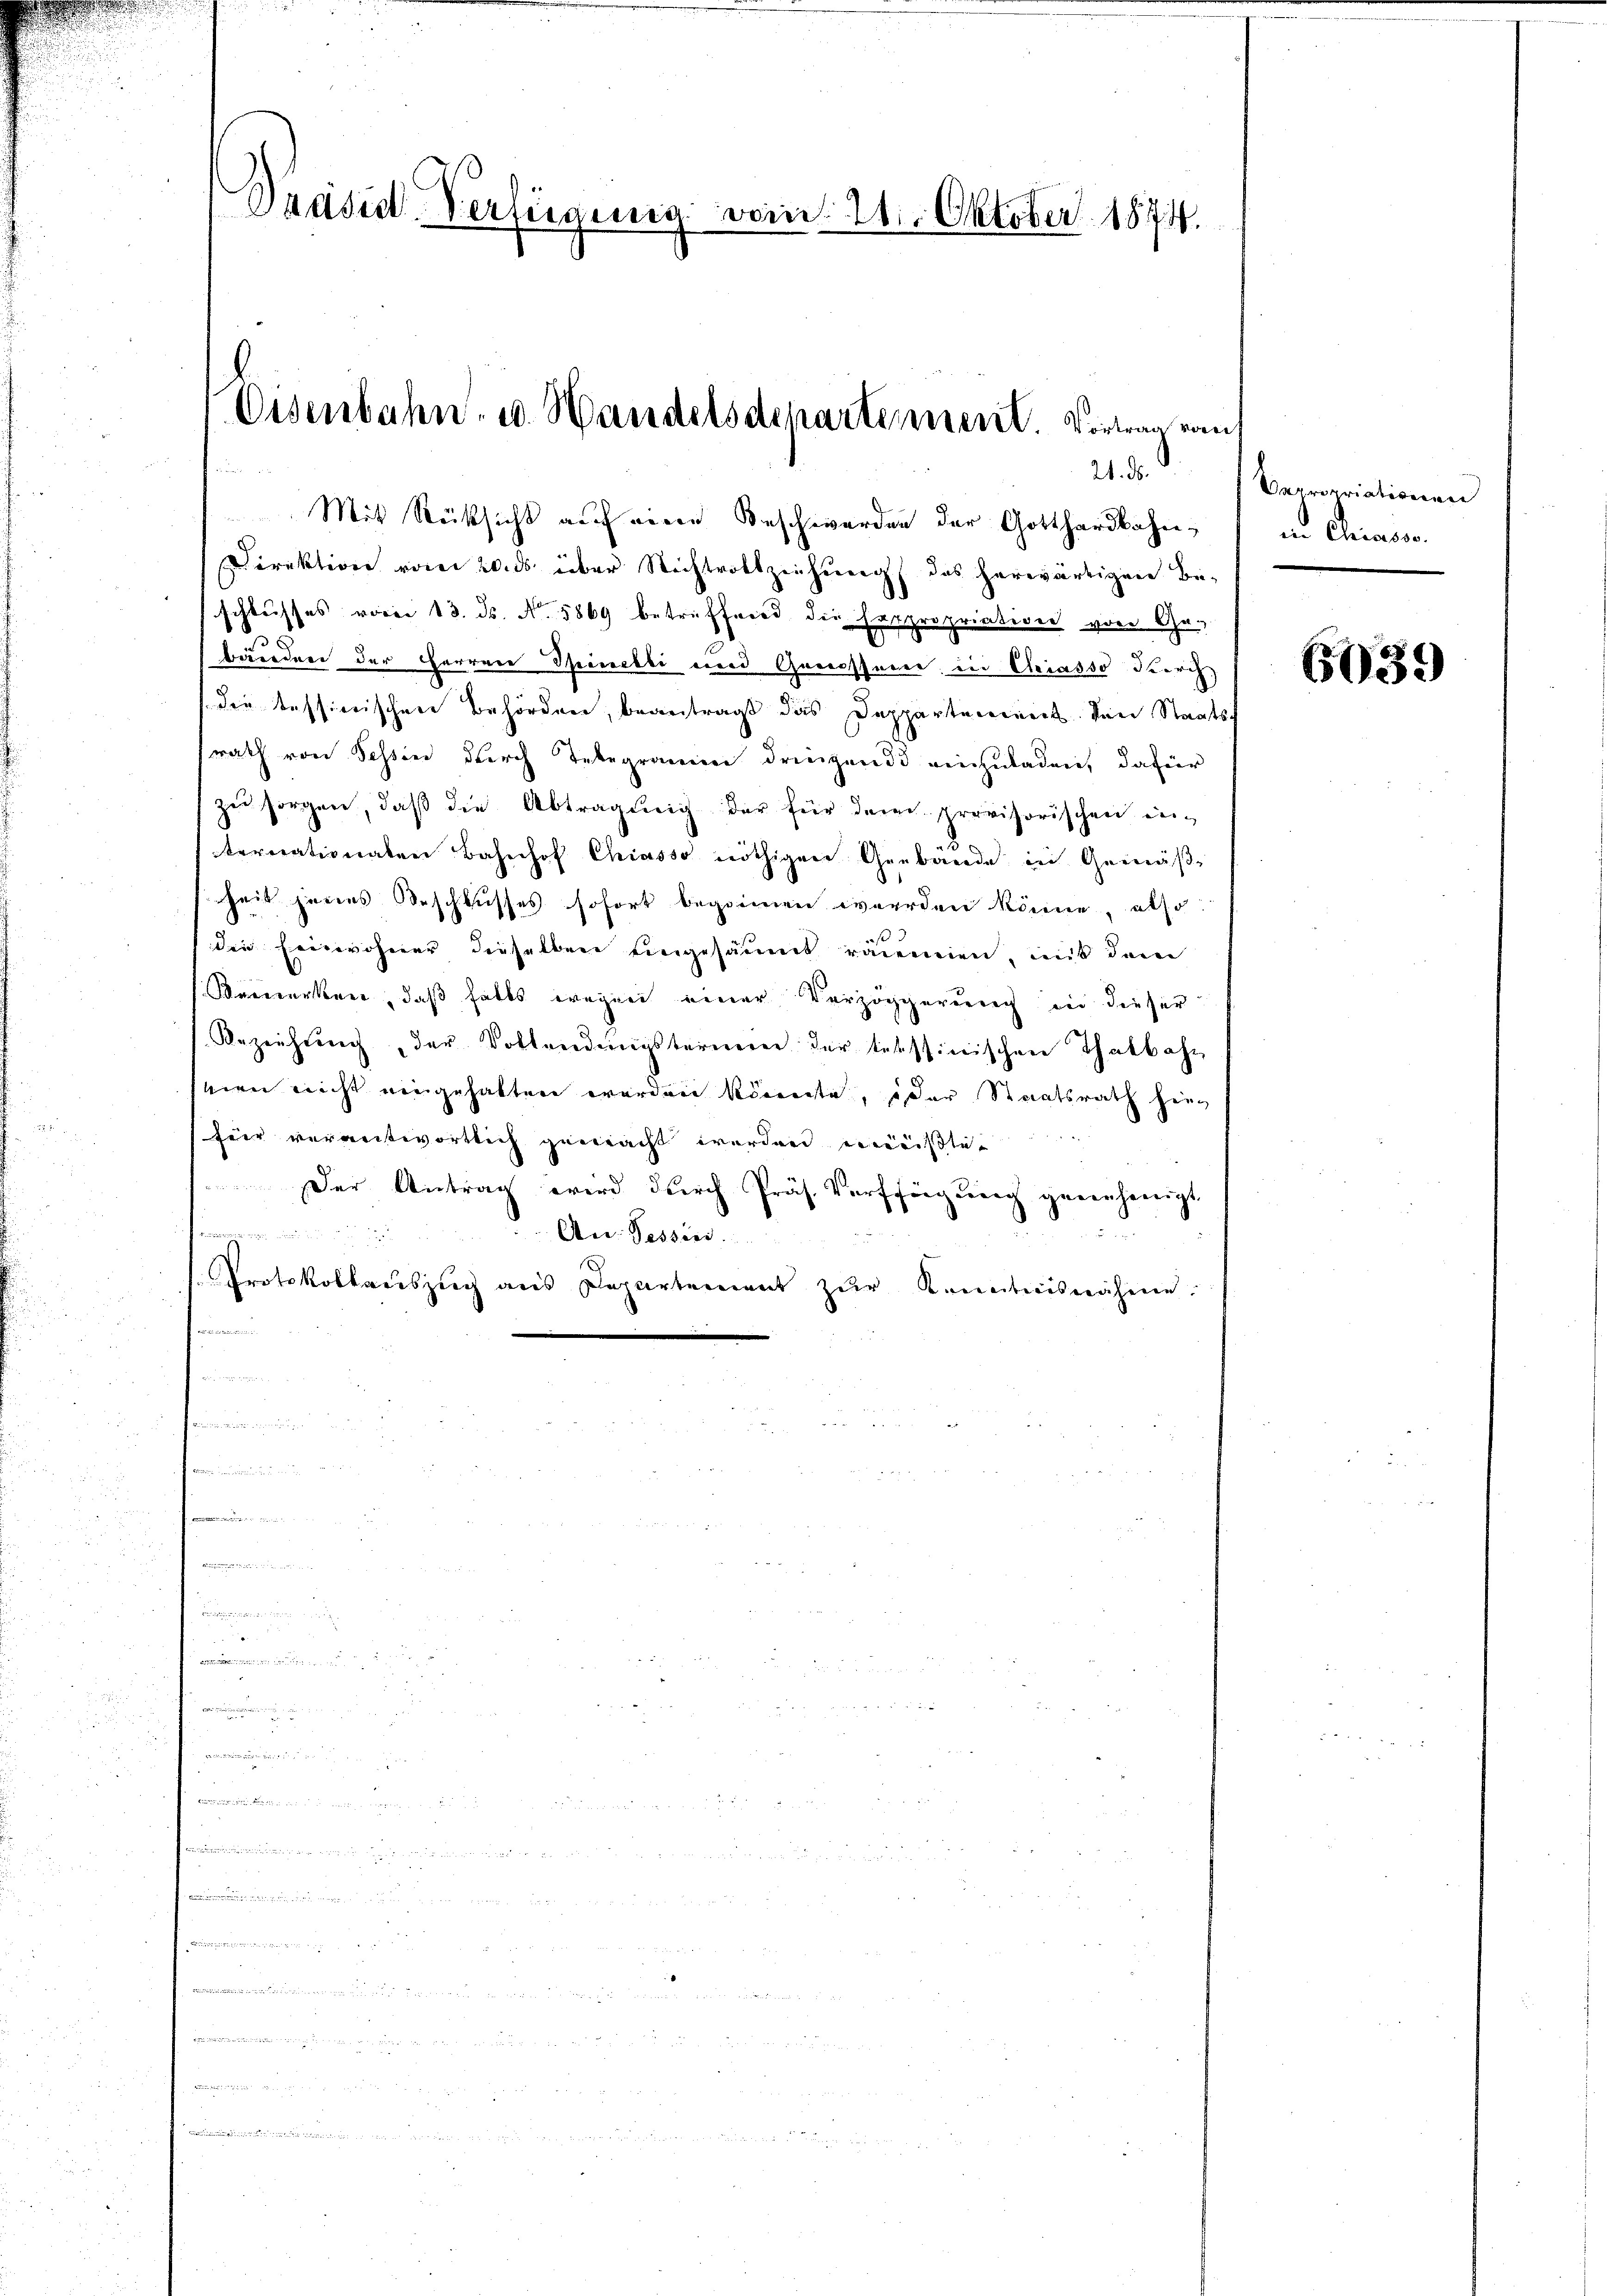
Präsid-Verfügung vom 21. Oktober 1874.

Eisenbahn- u. Handelsdepartement. Vortrag raus

Mit Rücksicht auf eine Beschwerden der Gotthardbahn¬
Direktion vom 20. ds über Nichtrotziehung des herwärtigen Be-
schlusses vom 13. ds. N. 5869 betreffend die Expropriation von Gabänden der Herren Spinelli und Grossenen in Chriasso durch,
die tessierischere Behörden, beantragt das Dappartement von Staats
rath von Tessin durch Telegramm dringende einzuladen, dafür
zu sorgen, daß die Abtragung der für dem provisorischen in-
ternationaten Bahnhof Chiasso nöthigen Gebäude in Gemäßheit jenes Beschlusses sofort begonnen werden könne, also:
die Einwohner dieselben eingesäumt rademien mit dem
Verwerken, daß falls wegen einer Verzögerung in dieser
Bezeichung, der Vollendungsternen der tessinischen Thatbahn
mien nicht eingehalten werden könnte, oder Staatsrath hinz
für verantwortlich gemacht werden müßlic
Der Antrag wird durch Präs. Vorffügung genehmigt

An. Tessind.
Protokollauszug aus Departement zŭr Kenntnisnahmen.

i
er le der

21. ds.

Vapropriationen
in Erinner

6039